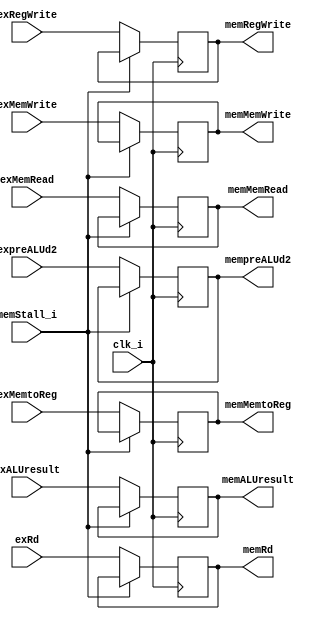
module EXMEM(clk_i, memStall_i,
    exRegWrite, exMemtoReg, exMemRead, exMemWrite,
    exALUresult, expreALUd2, exRd,
    memRegWrite, memMemtoReg, memMemRead, memMemWrite,
    memALUresult, mempreALUd2, memRd
);
input clk_i;
input exRegWrite, exMemtoReg, exMemRead, exMemWrite, memStall_i;
input [31:0] exALUresult, expreALUd2;
input [4:0] exRd;
output reg memRegWrite, memMemtoReg, memMemRead, memMemWrite;
output reg [31:0] memALUresult;
output reg [31:0] mempreALUd2;
output reg [4:0] memRd;

// initialization in testbench
/*
initial begin
    memRegWrite = 1'b0;
    memMemtoReg = 1'b0;
    memMemRead = 1'b0;
    memMemWrite = 1'b0;
    memALUresult = 32'b0;
    mempreALUd2 = 32'b0;
    memRd = 5'b0;
end
*/
always @(posedge clk_i)begin
    if (~memStall_i) begin
        memRegWrite <= exRegWrite;
        memMemtoReg <= exMemtoReg;
        memMemRead <= exMemRead;
        memMemWrite <= exMemWrite;
        memALUresult <= exALUresult;
        mempreALUd2 <= expreALUd2;
        memRd <= exRd;
    end
end
endmodule